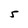
Character: 5